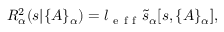
{ \cal R } _ { \alpha } ^ { 2 } ( s | \{ A \} _ { \alpha } ) = l _ { \mathrm { ~ e ~ f ~ f ~ } } \tilde { s } _ { \alpha } [ s , \{ A \} _ { \alpha } ] ,